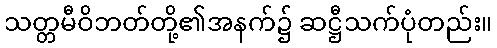
သတ္တမီဝိဘတ်တို့၏အနက်၌ ဆဋ္ဌီသက်ပုံတည်း။